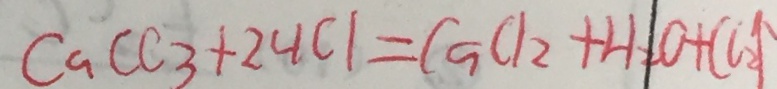
C a C C _ { 3 } + 2 H C l = C a C l _ { 2 } + H _ { 2 } O + ( C _ { 2 } \uparrow